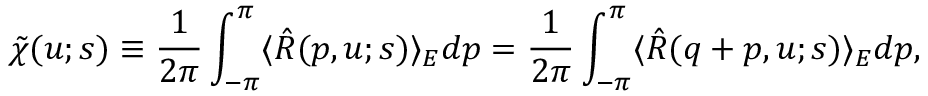
\tilde { \chi } ( u ; s ) \equiv \frac { 1 } { 2 \pi } \int _ { - \pi } ^ { \pi } \langle \hat { R } ( p , u ; s ) \rangle _ { E } d p = \frac { 1 } { 2 \pi } \int _ { - \pi } ^ { \pi } \langle \hat { R } ( q + p , u ; s ) \rangle _ { E } d p ,